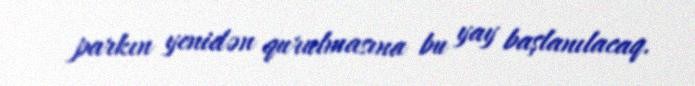
parkın yenidən qurulmasına bu yay başlanılacaq.